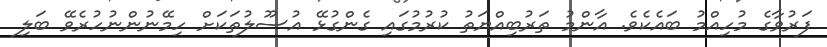
ފަރުވާގެ މުހިއްމު ބައެކެވެ. އާންމު ތަރުބިއްޔަތު ކުރުމުގައި ގެންގުޅޭ އުސޫލުތަކަށް ހިމޭނުންނުހުރެވޭ ބަލި